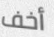
أخف